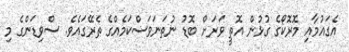
އެގައުމާއި މޮރޮކޯގެ ގުޅުން އޮތީ ވަރަށް ބޮޑު ނުތަނަވަސްކަމެއްގެ ތެރޭގައެވެ. ސްވިޑަންގެ މި